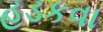
હડકવા